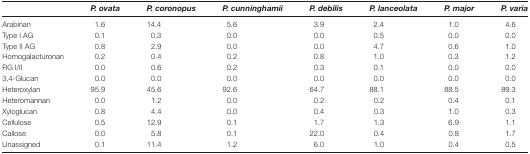
<table><thead><tr><td>[EMPTY_CELL]</td><td><b><i>P. ovata</i></b></td><td><b><i>P. coronopus</i></b></td><td><b><i>P. cunninghamii</i></b></td><td><b><i>P. debilis</i></b></td><td><b><i>P. lanceolata</i></b></td><td><b><i>P. major</i></b></td><td><b><i>P. varia</i></b></td></tr></thead><tbody><tr><td>Arabinan</td><td>1.6</td><td>14.4</td><td>5.6</td><td>3.9</td><td>2.4</td><td>1.0</td><td>4.6</td></tr><tr><td>Type I AG</td><td>0.1</td><td>0.3</td><td>0.0</td><td>0.0</td><td>0.5</td><td>0.0</td><td>0.0</td></tr><tr><td>Type II AG</td><td>0.8</td><td>2.9</td><td>0.0</td><td>0.0</td><td>4.7</td><td>0.6</td><td>1.0</td></tr><tr><td>Homogalacturonan</td><td>0.2</td><td>0.4</td><td>0.2</td><td>0.8</td><td>1.0</td><td>0.3</td><td>1.2</td></tr><tr><td>RG I/II</td><td>0.0</td><td>0.6</td><td>0.2</td><td>0.3</td><td>0.1</td><td>0.0</td><td>0.0</td></tr><tr><td>3,4-Glucan</td><td>0.0</td><td>0.0</td><td>0.0</td><td>0.0</td><td>0.0</td><td>0.0</td><td>0.0</td></tr><tr><td>Heteroxylan</td><td>95.9</td><td>45.6</td><td>92.6</td><td>64.7</td><td>88.1</td><td>88.5</td><td>89.3</td></tr><tr><td>Heteromannan</td><td>0.0</td><td>1.2</td><td>0.0</td><td>0.2</td><td>0.2</td><td>0.4</td><td>0.1</td></tr><tr><td>Xyloglucan</td><td>0.8</td><td>4.4</td><td>0.0</td><td>0.4</td><td>0.3</td><td>1.0</td><td>0.3</td></tr><tr><td>Cellulose</td><td>0.5</td><td>12.9</td><td>0.1</td><td>1.7</td><td>1.3</td><td>6.9</td><td>1.1</td></tr><tr><td>Callose</td><td>0.0</td><td>5.8</td><td>0.1</td><td>22.0</td><td>0.4</td><td>0.8</td><td>1.7</td></tr><tr><td>Unassigned</td><td>0.1</td><td>11.4</td><td>1.2</td><td>6.0</td><td>1.0</td><td>0.4</td><td>0.5</td></tr></tbody></table>